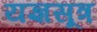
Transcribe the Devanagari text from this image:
यज्ञसूत्र